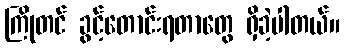
ကြိုတင် ခွင့်တောင်းရတာတွေ ရှိခဲ့ပါတယ်။